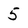
Character: 5